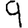
Digit: 9